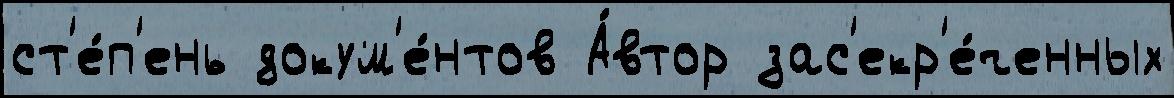
ст'е́п'ень докум'е́нтов А́втор зас'екр'е́ченных